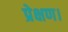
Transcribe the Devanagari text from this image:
प्रेक्षण।